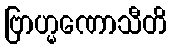
ဗြာဟ္မဏောသီတိ